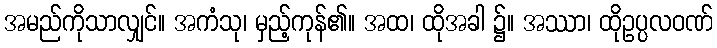
အမည်ကိုသာလျှင်။ အကံသု၊ မှည့်ကုန်၏။ အထ၊ ထိုအခါ ၌။ အဿာ၊ ထိုဥပ္ပလဝဏ်